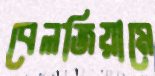
বেলজিয়ামে